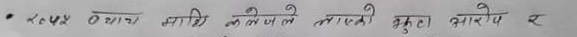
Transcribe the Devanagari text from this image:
यो पद ० व्याच माथि लेखजले तास्ने कुरा आरोप र